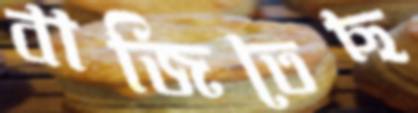
বাজিতেছ